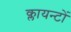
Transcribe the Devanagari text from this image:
क्लायन्टों